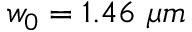
w _ { 0 } = 1 . 4 6 ~ \mu m